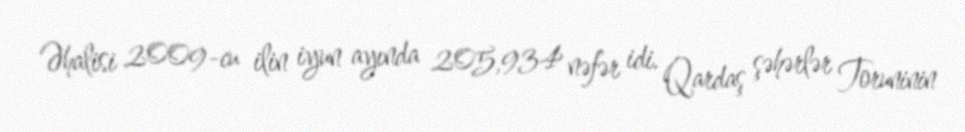
Əhalisi 2009-cu ilin iyun ayında 205,934 nəfər idi. Qardaş şəhərlər Toruninin